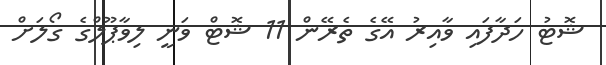
ޝޮޓު ހަދާފައި ވާއިރު އޭގެ ތެރޭން 11 ޝޮޓް ވަނީ ލިވާޕޫލްގެ ގޯލަށް